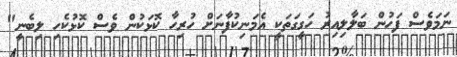
ނަމަވެސް ފަހުން ބަލާލިއިރު ހަގީގަތަކީ އެމަނިކުފާނަށް ހުރިހާ ކޮޅަކުން ވެސް ކޮޅުކެހި ލިބެނީ"